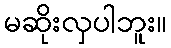
မဆိုးလှပါဘူး။